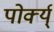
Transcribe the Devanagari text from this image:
पोर्क्य्